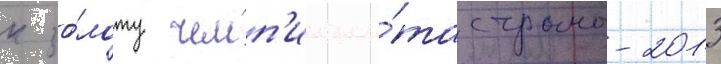
к зо́лоту чемп'иона́та страны-2013